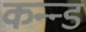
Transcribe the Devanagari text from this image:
कन्न्ड